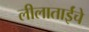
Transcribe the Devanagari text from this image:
लीलाताईंचे